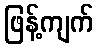
ဖြန့်ကျက်